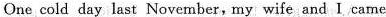
One cold day last November, my wife and I came